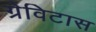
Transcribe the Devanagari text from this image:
ग्रेविटास